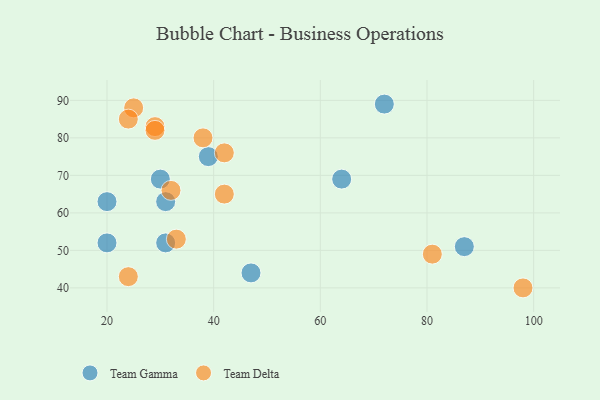
{"axis": {"x": "GDP", "y": "Life Expectancy"}, "legend": ["Team Delta", "Team Gamma"], "data": [{"x": "39", "y": 75, "type": "Team Gamma"}, {"x": "47", "y": 44, "type": "Team Gamma"}, {"x": "20", "y": 52, "type": "Team Gamma"}, {"x": "64", "y": 69, "type": "Team Gamma"}, {"x": "72", "y": 89, "type": "Team Gamma"}, {"x": "31", "y": 63, "type": "Team Gamma"}, {"x": "31", "y": 52, "type": "Team Gamma"}, {"x": "20", "y": 63, "type": "Team Gamma"}, {"x": "87", "y": 51, "type": "Team Gamma"}, {"x": "30", "y": 69, "type": "Team Gamma"}, {"x": "98", "y": 40, "type": "Team Delta"}, {"x": "25", "y": 88, "type": "Team Delta"}, {"x": "81", "y": 49, "type": "Team Delta"}, {"x": "33", "y": 53, "type": "Team Delta"}, {"x": "29", "y": 83, "type": "Team Delta"}, {"x": "24", "y": 43, "type": "Team Delta"}, {"x": "24", "y": 85, "type": "Team Delta"}, {"x": "32", "y": 66, "type": "Team Delta"}, {"x": "38", "y": 80, "type": "Team Delta"}, {"x": "42", "y": 76, "type": "Team Delta"}, {"x": "29", "y": 82, "type": "Team Delta"}, {"x": "42", "y": 65, "type": "Team Delta"}]}